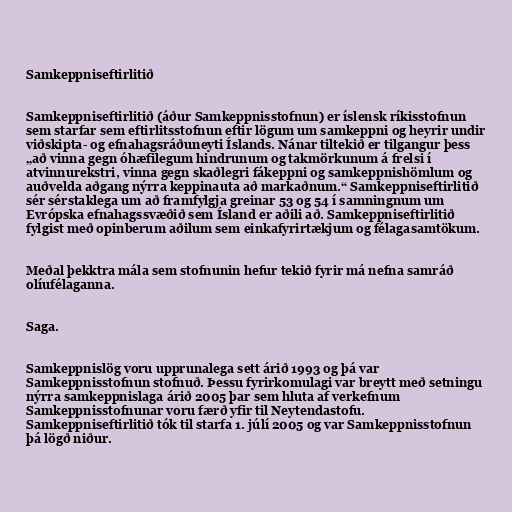
Samkeppniseftirlitið

Samkeppniseftirlitið (áður Samkeppnisstofnun) er íslensk ríkisstofnun
sem starfar sem eftirlitsstofnun eftir lögum um samkeppni og heyrir undir
viðskipta- og efnahagsráðuneyti Íslands. Nánar tiltekið er tilgangur þess
„að vinna gegn óhæfilegum hindrunum og takmörkunum á frelsi í
atvinnurekstri, vinna gegn skaðlegri fákeppni og samkeppnishömlum og
auðvelda aðgang nýrra keppinauta að markaðnum.“ Samkeppniseftirlitið
sér sérstaklega um að framfylgja greinar 53 og 54 í samningnum um
Evrópska efnahagssvæðið sem Ísland er aðili að. Samkeppniseftirlitið
fylgist með opinberum aðilum sem einkafyrirtækjum og félagasamtökum.

Meðal þekktra mála sem stofnunin hefur tekið fyrir má nefna samráð
olíufélaganna.

Saga.

Samkeppnislög voru upprunalega sett árið 1993 og þá var
Samkeppnisstofnun stofnuð. Þessu fyrirkomulagi var breytt með setningu
nýrra samkeppnislaga árið 2005 þar sem hluta af verkefnum
Samkeppnisstofnunar voru færð yfir til Neytendastofu.
Samkeppniseftirlitið tók til starfa 1. júlí 2005 og var Samkeppnisstofnun
þá lögð niður.